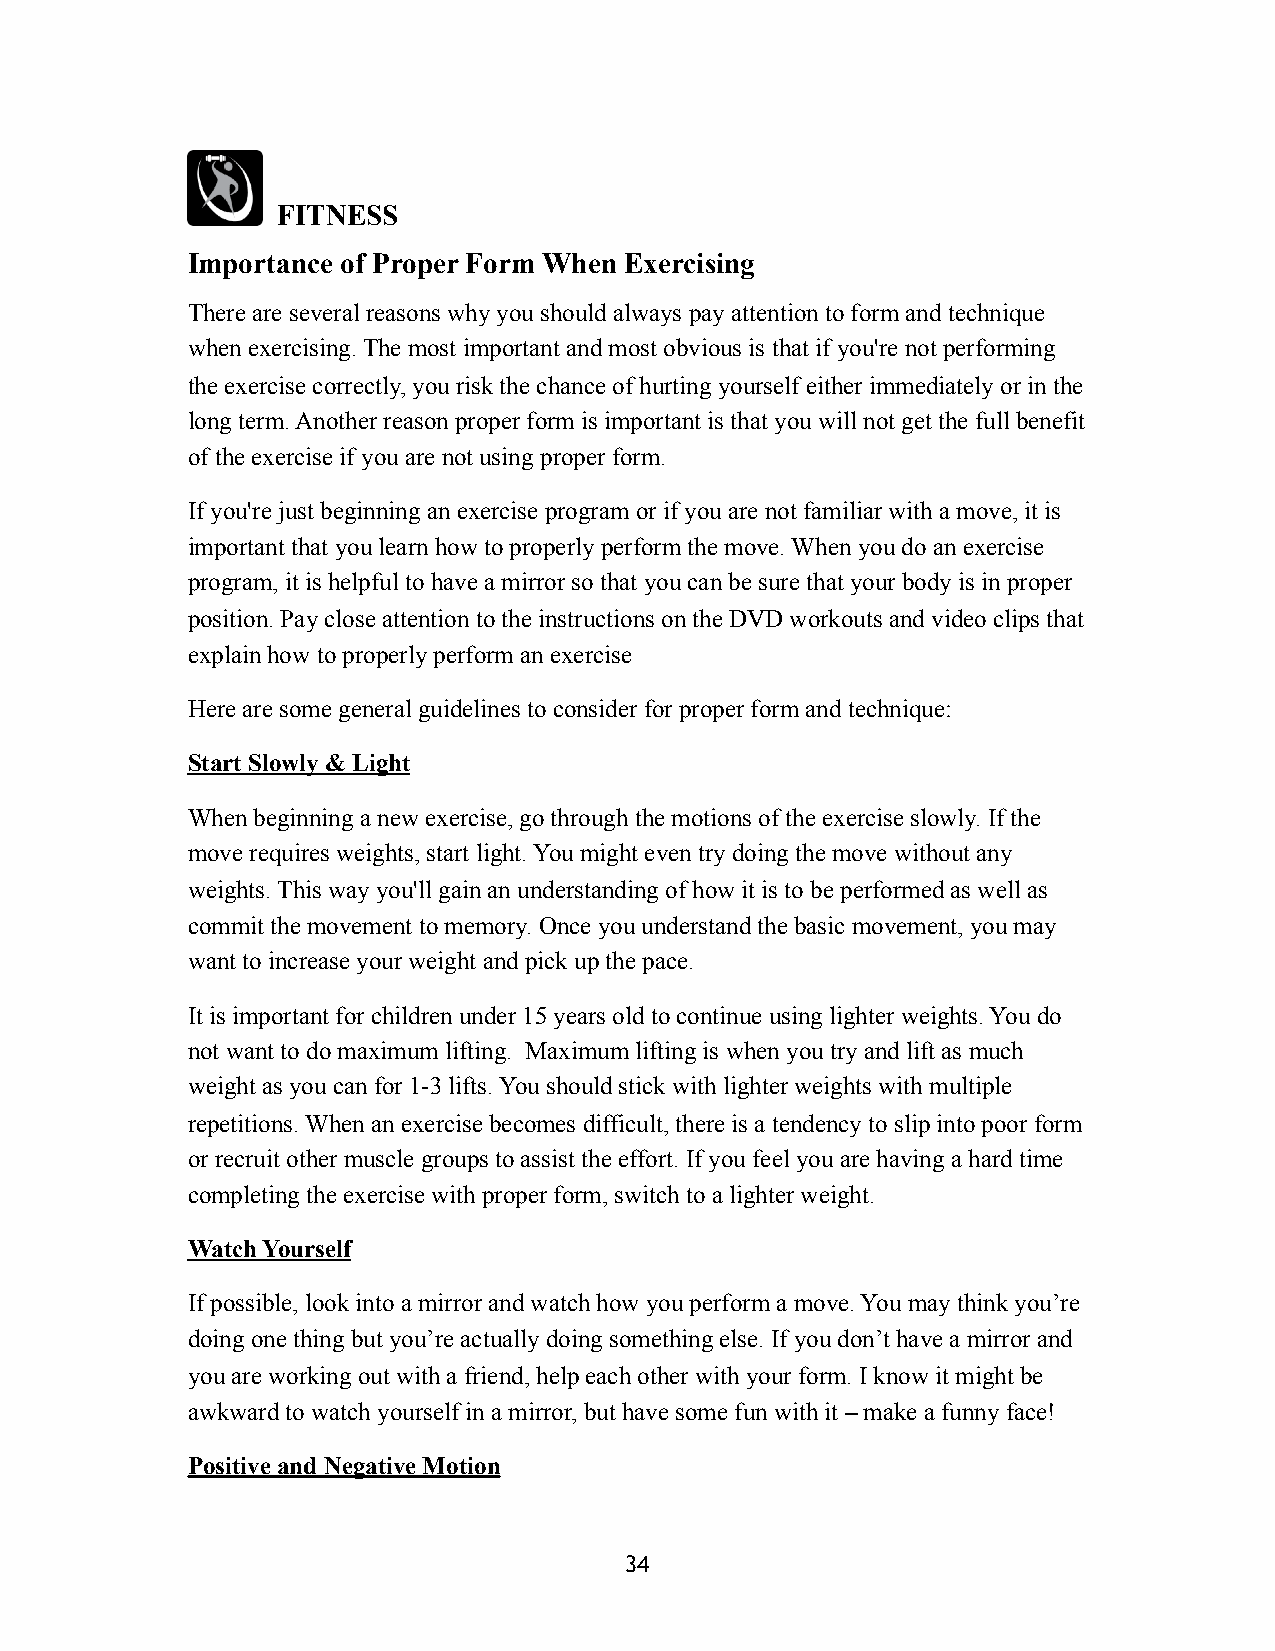
FITNESS
 Importance of Proper Form When Exercising
 There are several reasons why you should always pay attention to form and technique
 when exercising. The most important and most obvious is that if you're not performing
 the exercise correctly, you risk the chance of hurting yourself either immediately or in the
 long term. Another reason proper form is important is that you will not get the full benefit
 of the exercise if you are not using proper form.
 If you're just beginning an exercise program or if you are not familiar with a move, it is
 important that you learn how to properly perform the move. When you do an exercise
 program, it is helpful to have a mirror so that you can be sure that your body is in proper
 position. Pay close attention to the instructions on the DVD workouts and video clips that
 explain how to properly perform an exercise
 Here are some general guidelines to consider for proper form and technique:
 Start Slowly & Light
 When beginning a new exercise, go through the motions of the exercise slowly. If the
 move requires weights, start light. You might even try doing the move without any
 weights. This way you'll gain an understanding of how it is to be performed as well as
 commit the movement to memory. Once you understand the basic movement, you may
 want to increase your weight and pick up the pace.
 It is important for children under 15 years old to continue using lighter weights. You do
 not want to do maximum lifting. Maximum lifting is when you try and lift as much
 weight as you can for 1-3 lifts. You should stick with lighter weights with multiple
 repetitions. When an exercise becomes difficult, there is a tendency to slip into poor form
 or recruit other muscle groups to assist the effort. If you feel you are having a hard time
 completing the exercise with proper form, switch to a lighter weight.
 Watch Yourself
 If possible, look into a mirror and watch how you perform a move. You may think you’re
 doing one thing but you’re actually doing something else. If you don’t have a mirror and
 you are working out with a friend, help each other with your form. I know it might be
 awkward to watch yourself in a mirror, but have some fun with it – make a funny face!
 Positive and Negative Motion
 34